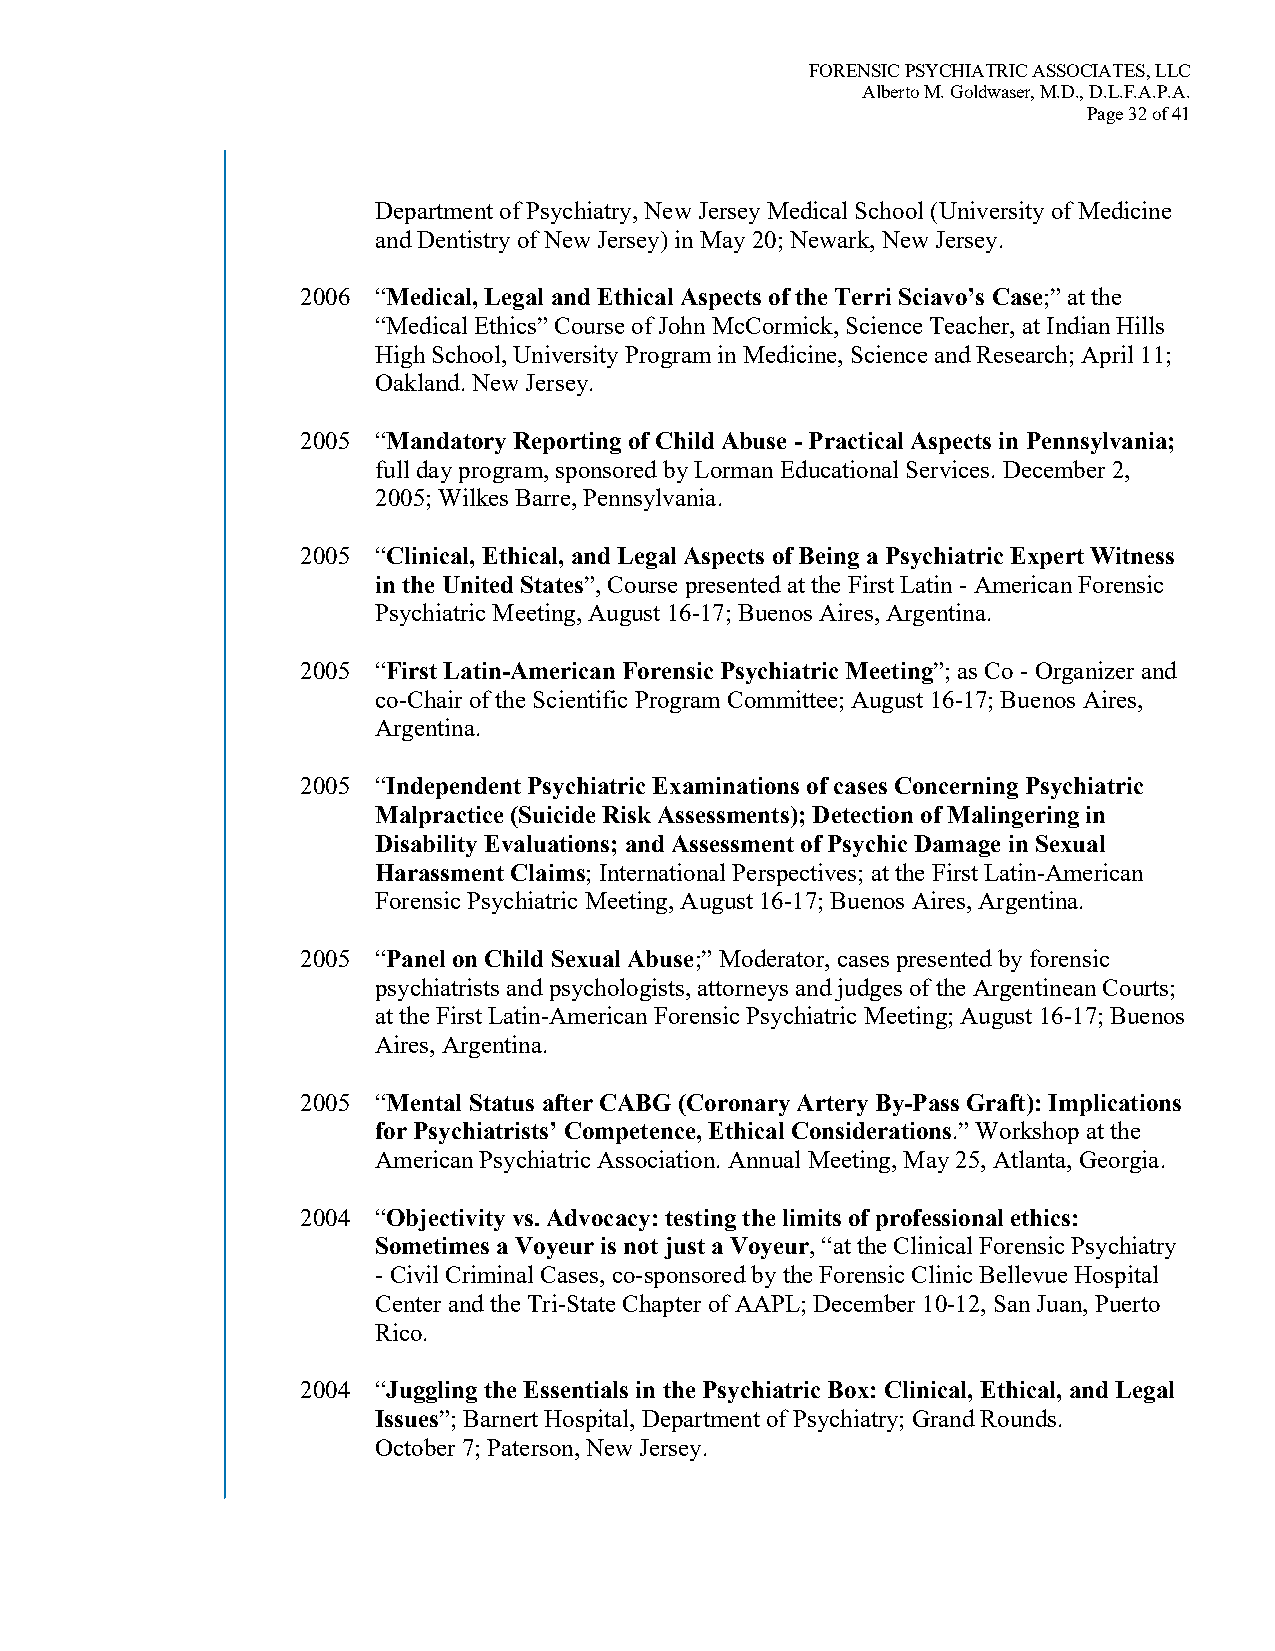
FORENSIC PSYCHIATRIC ASSOCIATES, LLC
 Alberto M. Goldwaser, M.D., D.L.F.A.P.A.
 Page 32 of 41
 Department of Psychiatry, New Jersey Medical School (University of Medicine
 and Dentistry of New Jersey) in May 20; Newark, New Jersey.
 2006 “Medical, Legal and Ethical Aspects of the Terri Sciavo’s Case;” at the
 “Medical Ethics” Course of John McCormick, Science Teacher, at Indian Hills
 High School, University Program in Medicine, Science and Research; April 11;
 Oakland. New Jersey.
 2005 “Mandatory Reporting of Child Abuse - Practical Aspects in Pennsylvania;
 full day program, sponsored by Lorman Educational Services. December 2,
 2005; Wilkes Barre, Pennsylvania.
 2005 “Clinical, Ethical, and Legal Aspects of Being a Psychiatric Expert Witness
 in the United States”, Course presented at the First Latin - American Forensic
 Psychiatric Meeting, August 16-17; Buenos Aires, Argentina.
 2005 “First Latin-American Forensic Psychiatric Meeting”; as Co - Organizer and
 co-Chair of the Scientific Program Committee; August 16-17; Buenos Aires,
 Argentina.
 2005 “Independent Psychiatric Examinations of cases Concerning Psychiatric
 Malpractice (Suicide Risk Assessments); Detection of Malingering in
 Disability Evaluations; and Assessment of Psychic Damage in Sexual
 Harassment Claims; International Perspectives; at the First Latin-American
 Forensic Psychiatric Meeting, August 16-17; Buenos Aires, Argentina.
 2005 “Panel on Child Sexual Abuse;” Moderator, cases presented by forensic
 psychiatrists and psychologists, attorneys and judges of the Argentinean Courts;
 at the First Latin-American Forensic Psychiatric Meeting; August 16-17; Buenos
 Aires, Argentina.
 2005 “Mental Status after CABG (Coronary Artery By-Pass Graft): Implications
 for Psychiatrists’ Competence, Ethical Considerations.” Workshop at the
 American Psychiatric Association. Annual Meeting, May 25, Atlanta, Georgia.
 2004 “Objectivity vs. Advocacy: testing the limits of professional ethics:
 Sometimes a Voyeur is not just a Voyeur, “at the Clinical Forensic Psychiatry
 - Civil Criminal Cases, co-sponsored by the Forensic Clinic Bellevue Hospital
 Center and the Tri-State Chapter of AAPL; December 10-12, San Juan, Puerto
 Rico.
 2004 “Juggling the Essentials in the Psychiatric Box: Clinical, Ethical, and Legal
 Issues”; Barnert Hospital, Department of Psychiatry; Grand Rounds.
 October 7; Paterson, New Jersey.